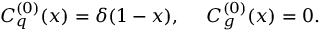
C _ { q } ^ { ( 0 ) } ( x ) = \delta ( 1 - x ) , ~ ~ ~ ~ C _ { g } ^ { ( 0 ) } ( x ) = 0 .